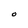
Character: O